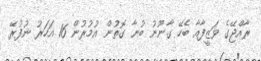
ރާއްޖޭގެ ވަޒީފާއާ ބެހޭ ގާނޫނު ބުނާ ގޮތުން އުމުރުން 16 އަހަރު ނުފުރޭ